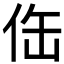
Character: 𱎬